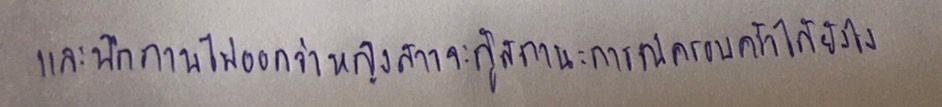
และนึกภาพไม่ออกว่าหญิงสาวจะกู้สถานะการณ์ครอบครัวได้ยังไง